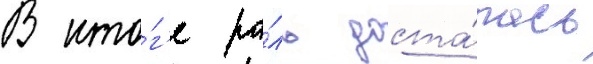
В ито́г'е ро́ль доста́лась